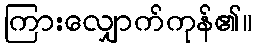
ကြားလျှောက်ကုန်၏။